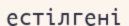
естілгені